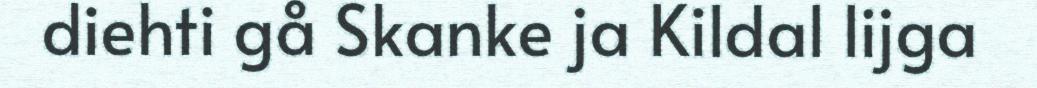
diehti gå Skanke ja Kildal lijga